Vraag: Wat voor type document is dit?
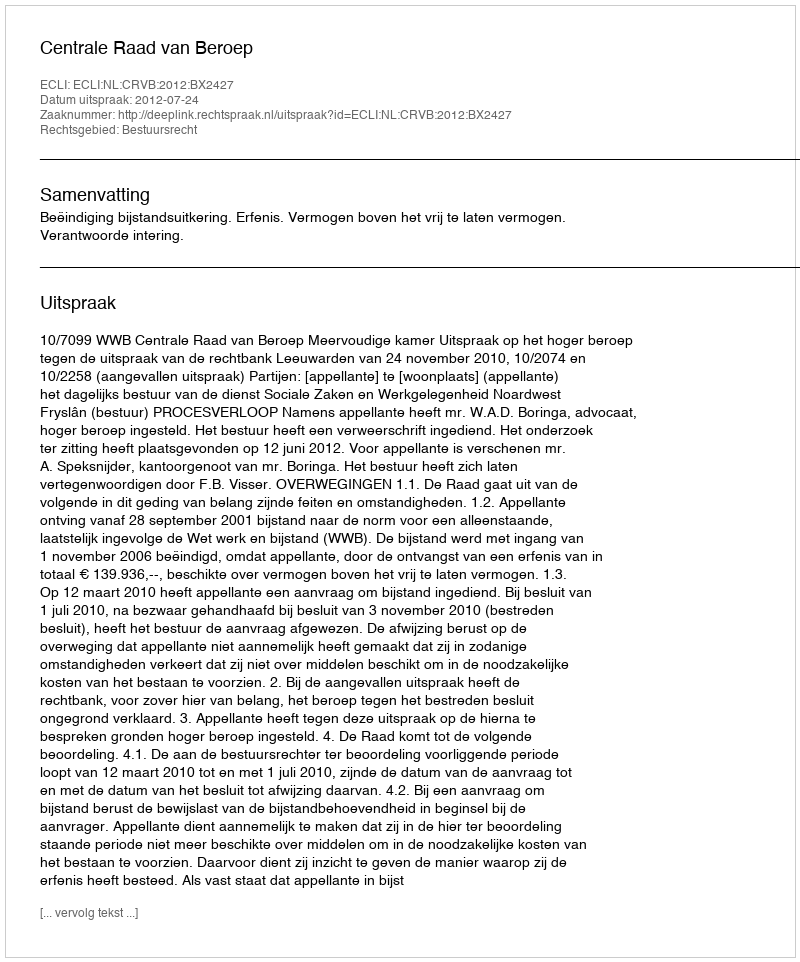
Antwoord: Uitspraak